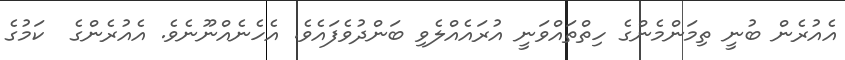
އެއުރެން ބުނީ ތިމަންމެންގެ ހިތްތައްވަނީ އުރައެއްލެވި ބަންދުވެފައެވެ. އެހެނެއްނޫނެވެ. އެއުރެންގެ  ކަމުގެ